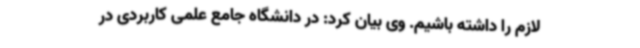
لازم را داشته باشیم. وی بیان کرد: در دانشگاه جامع علمی کاربردی در